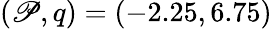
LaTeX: (\mathscr{P},q)=(-2.25,6.75)